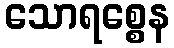
သောရစ္စေန